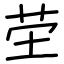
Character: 茔